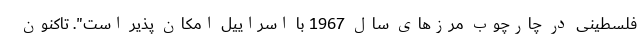
فلسطینی در چارچوب مرزهای سال 1967 با اسراییل امکان پذیر است". تاکنون